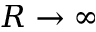
R \rightarrow \infty